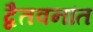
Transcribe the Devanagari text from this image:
द्वैतवनांत